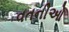
વતનીઓ